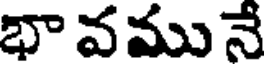
భా వము నే